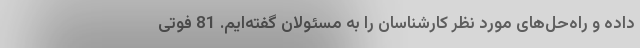
داده و راه‌حل‌های مورد نظر کارشناسان را به مسئولان گفته‌ایم. 81 فوتی